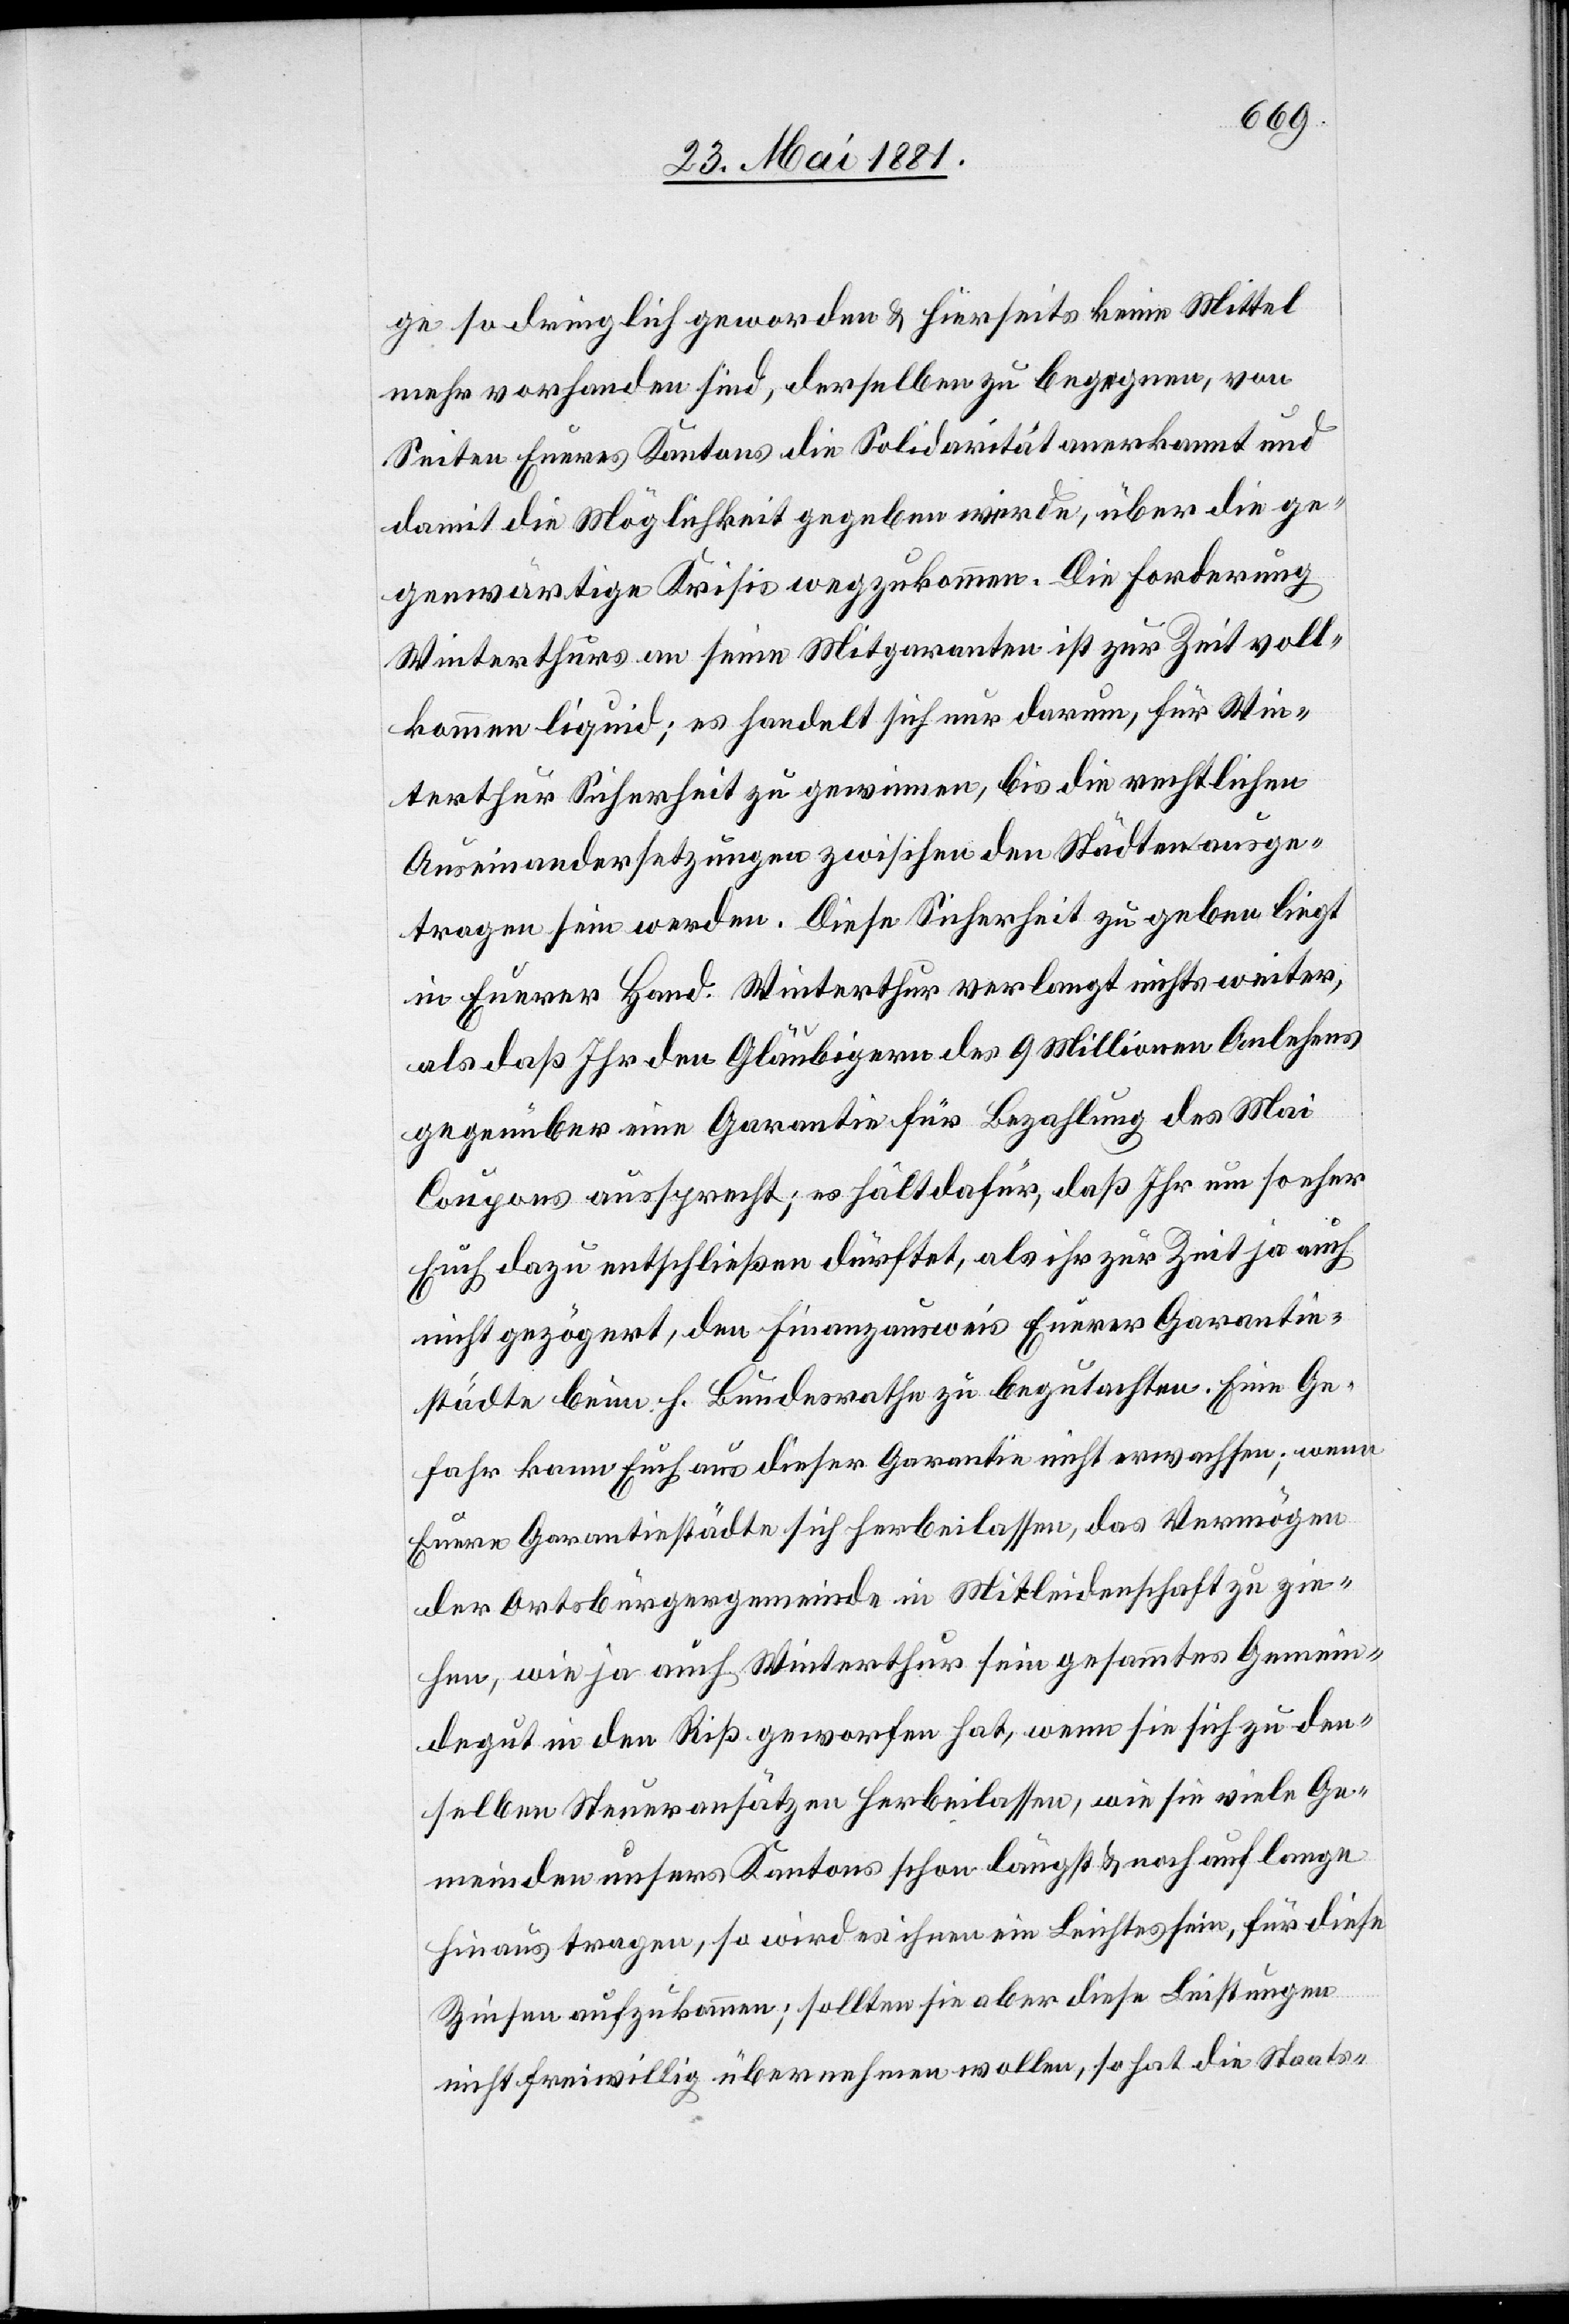
ge so dringlich geworden & hierseits keine Mittel
mehr vorhanden sind, derselben zu begegnen, von
Seiten Eueres Kantons die Solidarität anerkannt und
damit die Möglichkeit gegeben werde, über die ge¬
genwärtige Krisis wegzukommen. Die Forderung
Winterthurs an seine Mitgaranten ist zur Zeit voll¬
kommen liquid; es handelt sich nur darum, für Win¬
terthur Sicherheit zu gewinnen, bis die rechtlichen
Auseinandersetzungen zwischen den Städten ausge¬
tragen sein werden. Diese Sicherheit zu geben liegt
in Eurer Hand. Winterthur verlangt nichts weiter,
als daß Ihr den Gläubigern des 9 Millionen Anlehens
gegenüber eine Garantie für Bezahlung des Mai
Coupons aussprecht; es hält dafür, daß Ihr um so eher
Euch dazu entschließen dürfet, als ihr zur Zeit ja auch
nicht gezögert, den Finanzausweis Eurer Garantie¬
städte beim h. Bundesrathe zu begutachten. Eine Ge¬
fahr kann Euch aus dieser Garantie nicht erwachsen; wenn
Eure Garantiestädte sich herbeilassen, das Vermögen
der Ortsbürgergemeinde in Mitleidenschaft zu zie¬
hen, wie ja auch Winterthur sein gesammtes Gemein¬
degut in den Riß geworfen hat, wenn sie sich zu den
selben Steueransätzen herbeilassen, wie sie viele Ge¬
meinden unsers Kantons schon längst & noch auf lange
hinaus tragen, so wird es ihnen ein Leichtes sein, für diese
Zinsen aufzukommen; sollten sie aber diese Leistungen
nicht freiwillig übernehmen wollen, so hat die Staats-